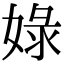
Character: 娽